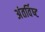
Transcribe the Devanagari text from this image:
अंतर्विष्‍ट